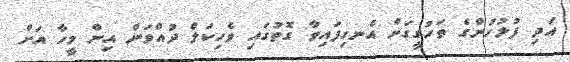
އަދި ފުލުހުންގެ ތަހުގީގަށް އެނގިފައިވާ ގޮތުގައި ވެހިކަލް ދުއްވަން އިން މީހާ އަށް